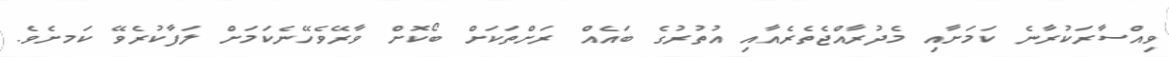
ވިއްސާރަކުރާނެ ކަމަށާއި މެދުރާއްޖެތެރެއާއި އުތުރުގެ ބައެއް ރަށްތަކަށް ބޯކޮށް ވާރޭވެހޭނެކަމަށް ލަފާކުރެވޭ ކަމށެވެ.